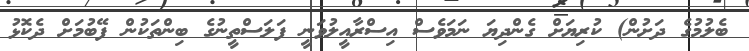
ބެލުމުގެ ދަށުން) ކުރިޔަށް ގެންދިޔަ ނަމަވެސް އިސްރާއީލުވަނީ ފަލަސްތީނުގެ ބިންތަކުން ފޭބުމަށް ދެކޮޅު